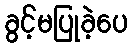
ခွင့်မပြုခဲ့ပေ